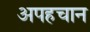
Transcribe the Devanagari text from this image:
अपहचान